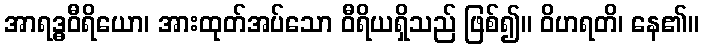
အာရဒ္ဓဝီရိယော၊ အားထုတ်အပ်သော ဝီရိယရှိသည် ဖြစ်၍။ ဝိဟရတိ၊ နေ၏။